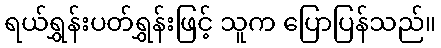
ရယ်ရွှန်းပတ်ရွှန်းဖြင့် သူက ပြောပြန်သည်။